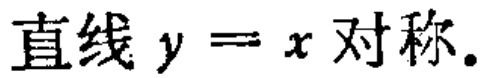
直线 \(y = x\) 对称.